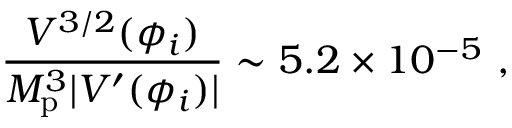
\frac { V ^ { 3 / 2 } ( \phi _ { i } ) } { M _ { \mathrm { p } } ^ { 3 } | V ^ { \prime } ( \phi _ { i } ) | } \sim 5 . 2 \times 1 0 ^ { - 5 } \ ,